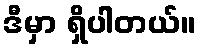
ဒီမှာ ရှိပါတယ်။